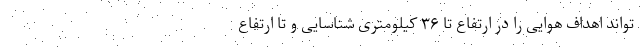
تواند اهداف هوایی را در ارتفاع تا ۳۶ کیلومتری شناسایی و تا ارتفاع